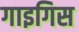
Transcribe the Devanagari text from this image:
गाइगिस